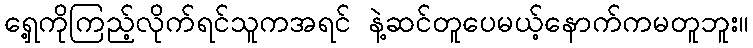
ရှေ့ကိုကြည့်လိုက်ရင်သူကအရင် နဲ့ဆင်တူပေမယ့်နောက်ကမတူဘူး။